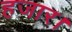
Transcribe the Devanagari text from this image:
हजार।